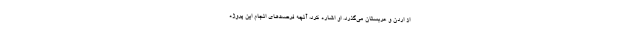
از اردن و عربستان می‌گذرد. او اشاره کرد، آنچه فرصت‌های انجام این پروژه